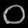
Digit: ၀